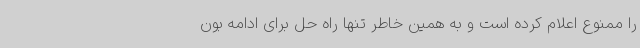
را ممنوع اعلام کرده است و به همین خاطر تنها راه حل برای ادامه بون